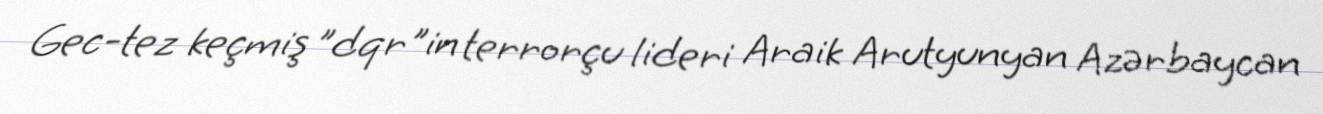
Gec-tez keçmiş ”dqr"in terrorçu lideri Araik Arutyunyan Azərbaycan